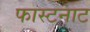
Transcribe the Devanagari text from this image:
फास्टनाट